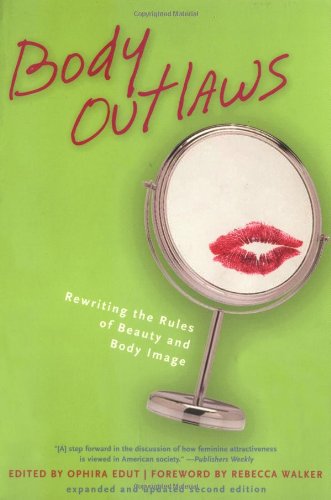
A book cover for Body Outlaws: Rewriting the Rules of Beauty and Body Image (Live Girls); Health, Fitness & Dieting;